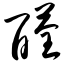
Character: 醛